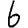
Digit: 6